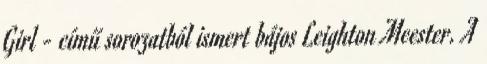
Girl - című sorozatból ismert bájos Leighton Meester. A